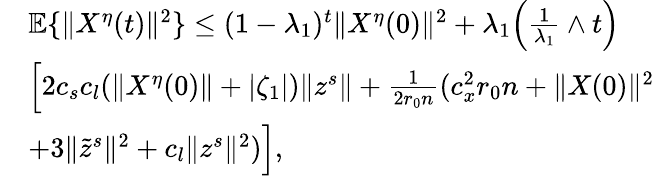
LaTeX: \begin{array}{rl}&{\mathbb{E}\{ \| X^{\eta}(t)\| ^{2}\} \le(1-\lambda_{1})^{t}\| X^{\eta}(0)\| ^{2}+\lambda_{1}\Big(\frac{1}{\lambda_{1}}\wedge t\Big)}\\ &{\Big[2c_{s}c_{l}(\| X^{\eta}(0)\| +|\zeta_{1}|)\| z^{s}\| +\frac{1}{2r_{0}n}(c_{x}^{2}r_{0}n+\| X(0)\| ^{2}}\\ &{+3\| \tilde{z}^{s}\| ^{2}+c_{l}\| z^{s}\| ^{2})\Big],}\end{array}